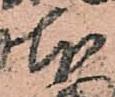
本